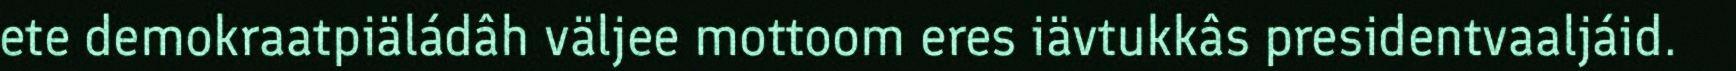
ete demokraatpiäládâh väljee mottoom eres iävtukkâs presidentvaaljáid.